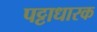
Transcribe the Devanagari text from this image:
पट्टाधारक